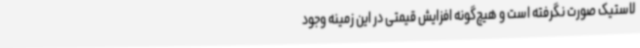
لاستیک صورت نگرفته است و هیچ‌گونه افزایش قیمتی در این زمینه وجود